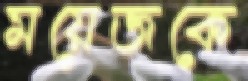
ময়েজকে